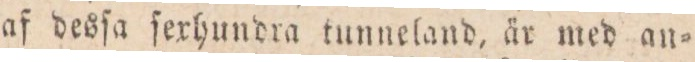
af desſa ſexhundra tunneland, är med an=